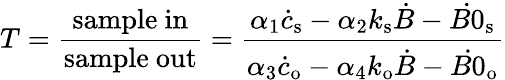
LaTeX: T=\frac{\mathrm{sample\ in}}{\mathrm{sample\ out}}=\frac{\alpha_{1}\dot{c}_{\mathrm{s}}-\alpha_{2}k_{\mathrm{s}}\dot{B}-\dot{B0}_{\mathrm{s}}}{\alpha_{3}\dot{c}_{\mathrm{o}}-\alpha_{4}k_{\mathrm{o}}\dot{B}-\dot{B0}_{\mathrm{o}}}